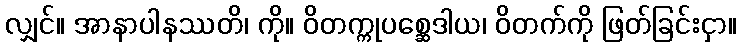
လျှင်။ အာနာပါနဿတိ၊ ကို။ ဝိတက္ကုပစ္ဆေဒါယ၊ ဝိတက်ကို ဖြတ်ခြင်းငှာ။